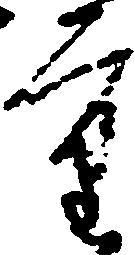
重